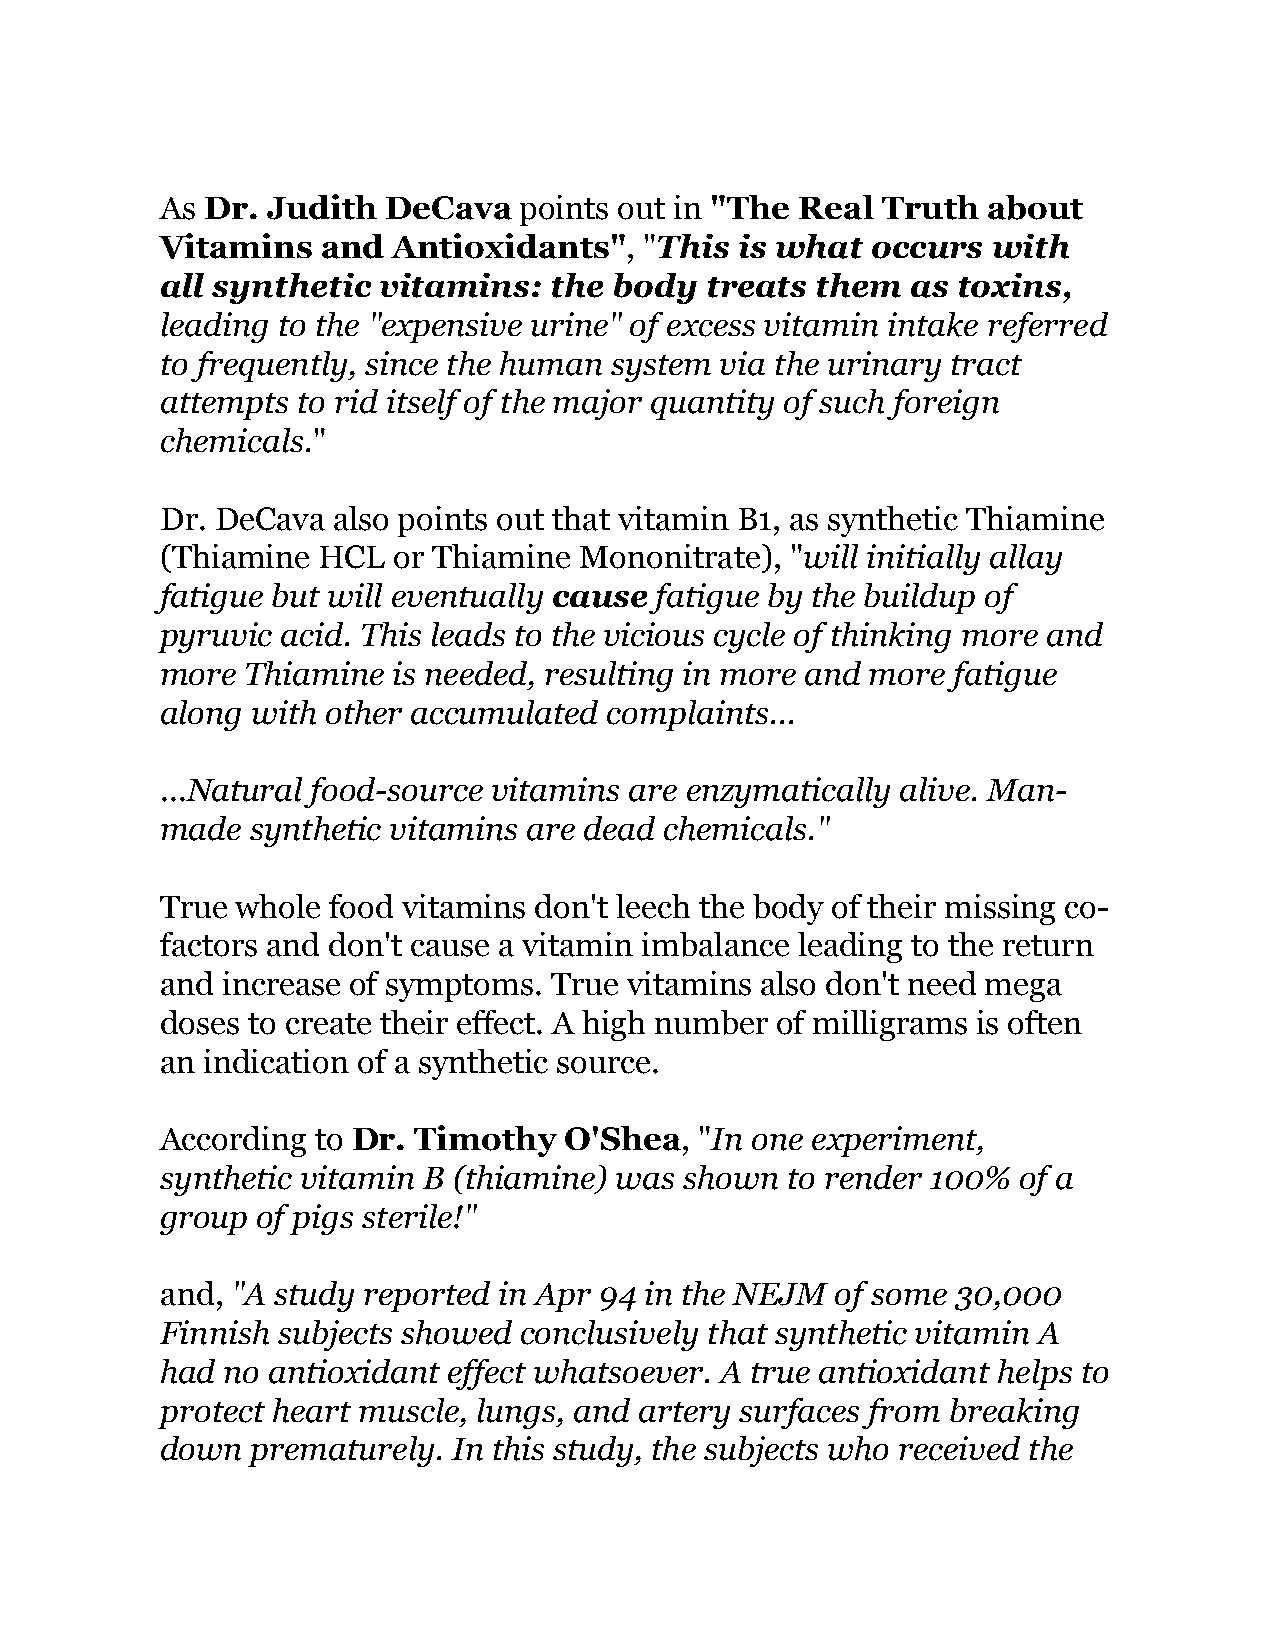
As Dr. Judith  DeCava  points out in "The Real Truth  about
 Vitamins  and  Antioxidants",   "This is what  occurs  with
 all synthetic vitamins:  the  body  treats them  as toxins,
 leading to the "expensive urine" of excess vitamin intake referred
 to frequently, since the human system via the urinary tract
 attempts to rid itself of the major quantity of such foreign
 chemicals."
 Dr. DeCava also points out that vitamin B1, as synthetic Thiamine
 (Thiamine HCL  or Thiamine Mononitrate), "will initially allay
 fatigue but will eventually cause fatigue by the buildup of
 pyruvic acid. This leads to the vicious cycle of thinking more and
 more Thiamine  is needed, resulting in more and more fatigue
 along with other accumulated complaints...
 ...Natural food-source vitamins are enzymatically alive. Man-
 made  synthetic vitamins are dead chemicals."
 True whole food vitamins don't leech the body of their missing co-
 factors and don't cause a vitamin imbalance leading to the return
 and increase of symptoms. True vitamins also don't need mega
 doses to create their effect. A high number of milligrams is often
 an indication of a synthetic source.
 According to Dr. Timothy  O'Shea,  "In one experiment,
 synthetic vitamin B (thiamine) was shown to render 100%  of a
 group of pigs sterile!"
 and, "A study reported in Apr 94 in the NEJM of some 30,000
 Finnish subjects showed conclusively that synthetic vitamin A
 had no antioxidant effect whatsoever. A true antioxidant helps to
 protect heart muscle, lungs, and artery surfaces from breaking
 down  prematurely. In this study, the subjects who received the